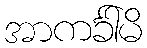
အာကင်္ခါမိ